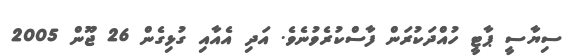
ސިޔާސީ ޕާޓީ ހުއްދަކުރަން ފާސްކުރެވުނެވެ. އަދި އެއާއި ގުޅިގެން 26 ޖޫން 2005